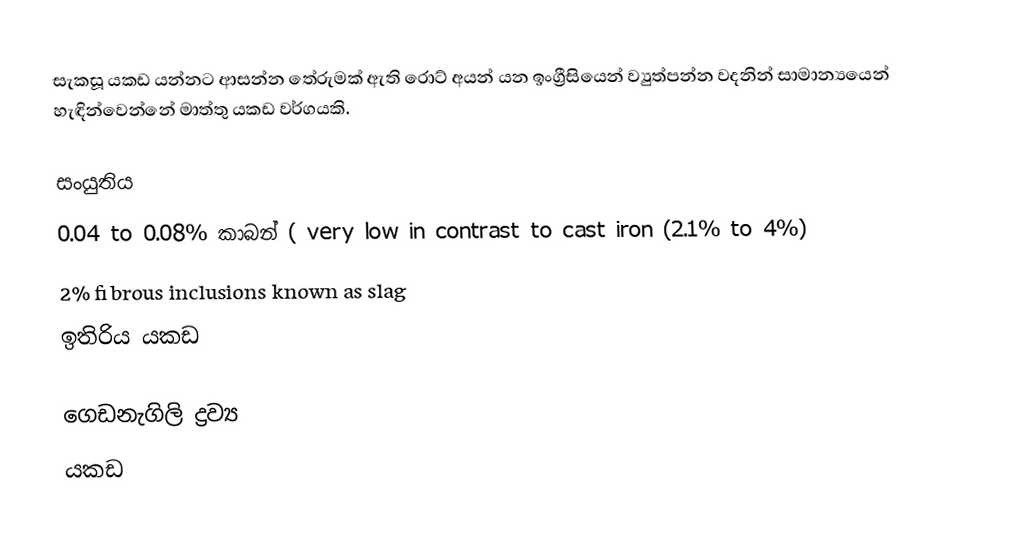
සැකසූ යකඩ යන්නට ආසන්න තේරුමක් ඇති රොට් අයන් යන ඉංග්‍රීසියෙන් ව්‍යුත්පන්න වදනින් සාමාන්‍යයෙන් හැඳින්වෙන්නේ මාත්තු යකඩ වර්ගයකි.

සංයුතිය
 0.04 to 0.08% කාබන් ( very low in contrast to cast iron (2.1% to 4%)
 2% fibrous inclusions known as slag
 ඉතිරිය යකඩ

ගෙඩනැගිලි ද්‍රව්‍ය
යකඩ